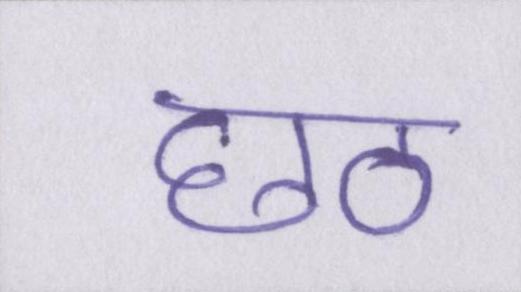
छठ